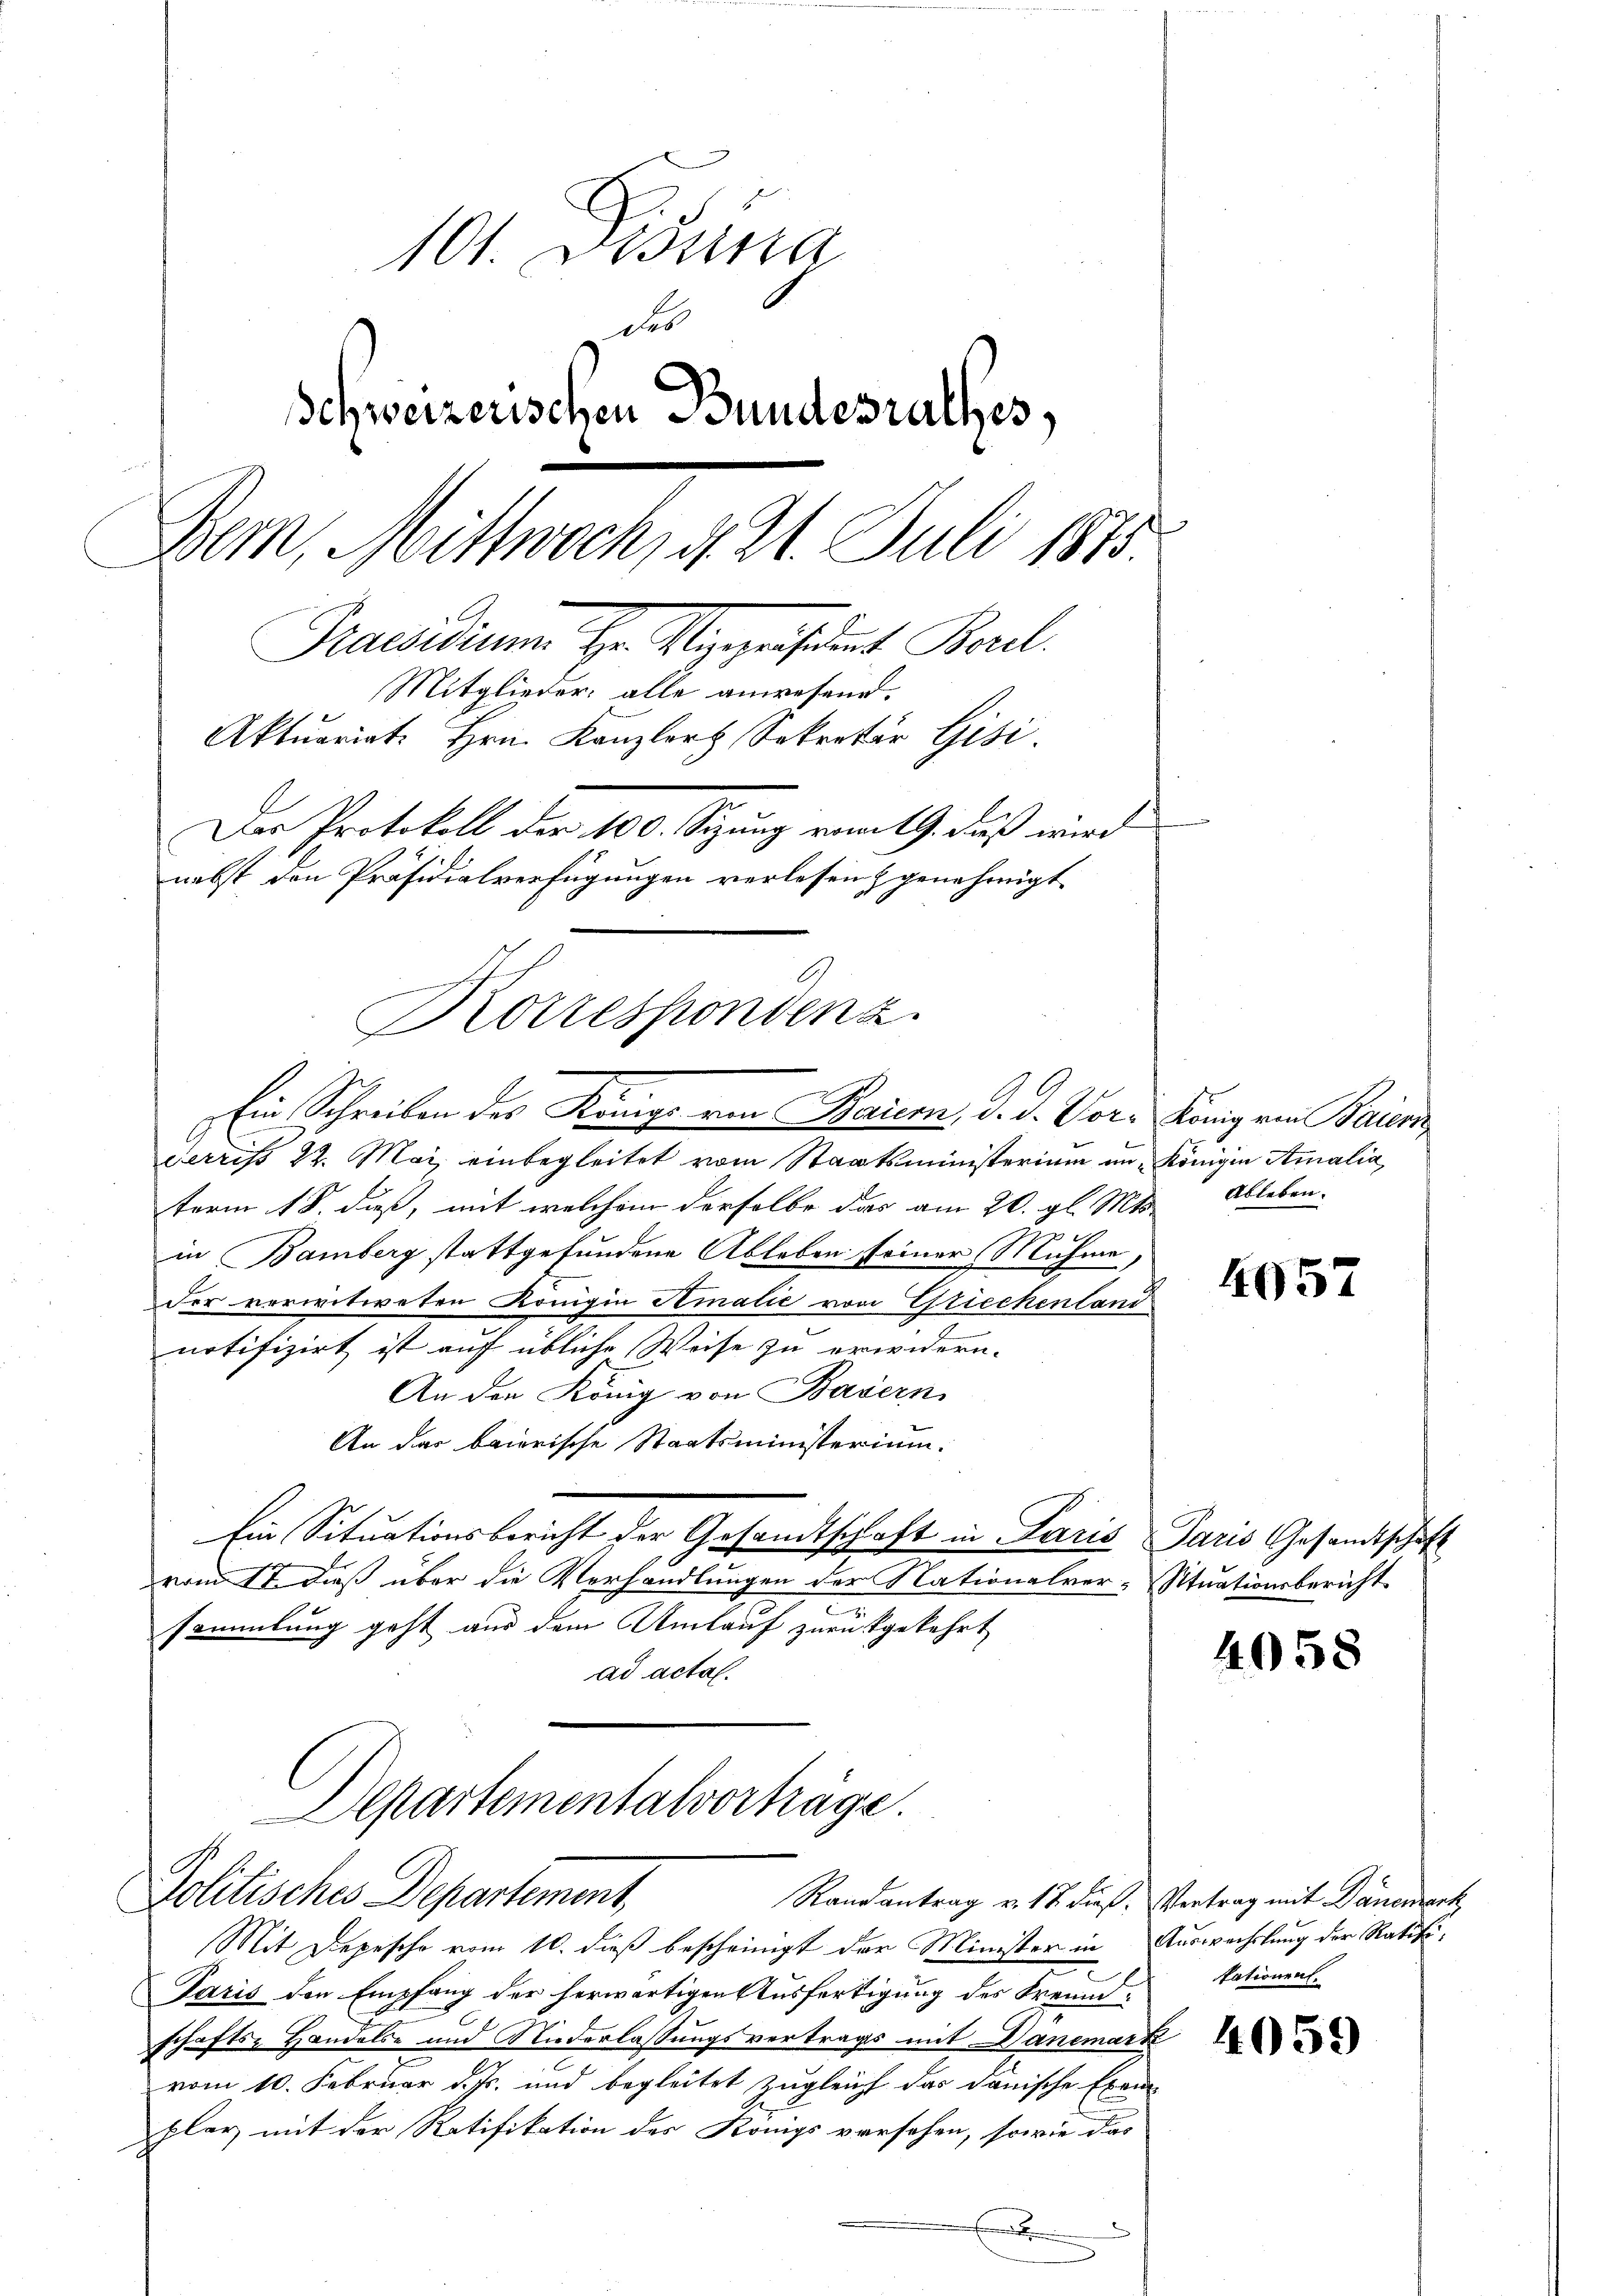
101. Disena
des
Schweizerischen Bundesrathes,
Bern, Mittwoch, d. 21. Juli 1873.
Praesidium. Hr. Magepräsident Basel
Mitglieder alle anwesend.
Aktuariat. Hrn. Kanzler Sekretär Gisi
Der Protokoll der 100. Sizung vom 19. daß wird
nebst den Präsidialverfügungen verlesen & genehmigt.
Korrespondenz.

Ein Schreiben des Könige von Bauern, d. d. Vor. König ein Baier

derriss 22. Mai, einbegleitet vom Staatsministerium im Königin Amalia,
term 18. dieß, mit welchem derselbe das am 20. gl. Mts.
in Bamberg stattgefundene Ableben seiner Muhme,
der verwitweten Königin Amalie von Griechenland
notifizirt ist auf übliche Weise zu erwidern.
An den König von Basern
An das baierische Staatsministerium.
Ein Situationsbericht der Gesandtschaft in Paris Paris Gesandtschaft
vom 17. dieß über die Verhandlungen der Nationalver-Situationsbericht
.
sammlung geht aus dem Umlauf zurückgekehrt
ad acta.

Departementalvorträge.
Politisches Departement,
Randantrag v. 17. dieß, Vertrag mit Danciert

Mit Depesche vom 10. dieß bescheinigt der Minister in Auswechslung der Ratifi¬
Paris den Empfang der herwärtigen Ausfertigung des Freundschafts- Handelbe und Niederlassungsvertrags mit Danemark
vom 10. Februar d. Js. und begleitet zugleich das danische Exem-
plar mit der Ratifikation des Königs versehen, sowie das
E

n

Ableben.

4057

4058

Nationen.